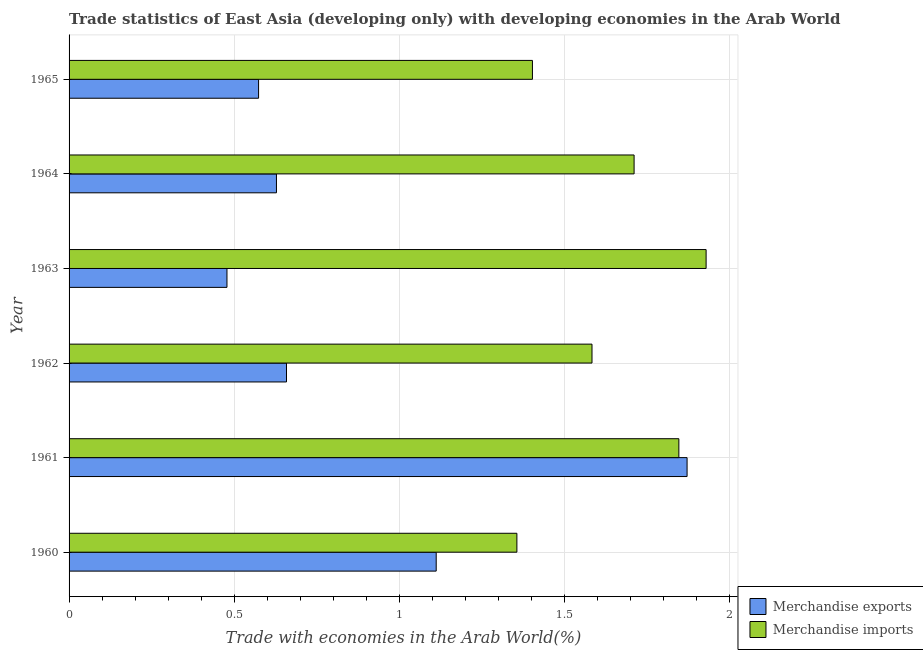
| Year | Merchandise exports | Merchandise imports |
 | --- | --- | --- |
 | 1960 | 1.11 | 1.36 |
 | 1961 | 1.87 | 1.85 |
 | 1962 | 0.658 | 1.58 |
 | 1963 | 0.478 | 1.93 |
 | 1964 | 0.628 | 1.71 |
 | 1965 | 0.574 | 1.4 |